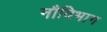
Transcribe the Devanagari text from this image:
नौविभाग